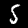
Label: 5